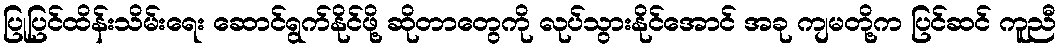
ပြုပြင်ထိန်းသိမ်းရေး ဆောင်ရွက်နိုင်ဖို့ ဆိုတာတွေကို လုပ်သွားနိုင်အောင် အခု ကျမတို့က ပြင်ဆင် ကူညီ